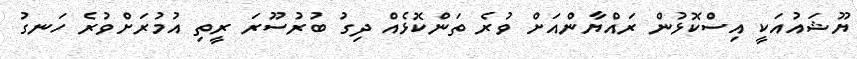
ޔޫޝައުއަކީ އިސްކޮޅުން ރައްޔާންއަށް ވުރެ ތަންކޮޅެއް ދިގު ބުރުސޫރަ ރީތި އުމުރަށްވުރެ ހަނގު